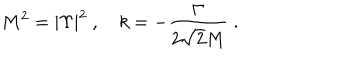
M ^ { 2 } = | \Upsilon | ^ { 2 } \ , \quad k = - \frac { \Gamma } { 2 \sqrt { 2 } M } \; .